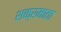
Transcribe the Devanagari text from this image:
शक्रमाता